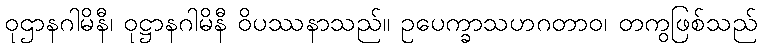
ဝုဌာနဂါမိနီ၊ ဝုဋ္ဌာနဂါမိနီ ဝိပဿနာသည်။ ဥပေက္ခာသဟဂတာဝ၊ တကွဖြစ်သည်